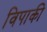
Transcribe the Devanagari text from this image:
विपाकी